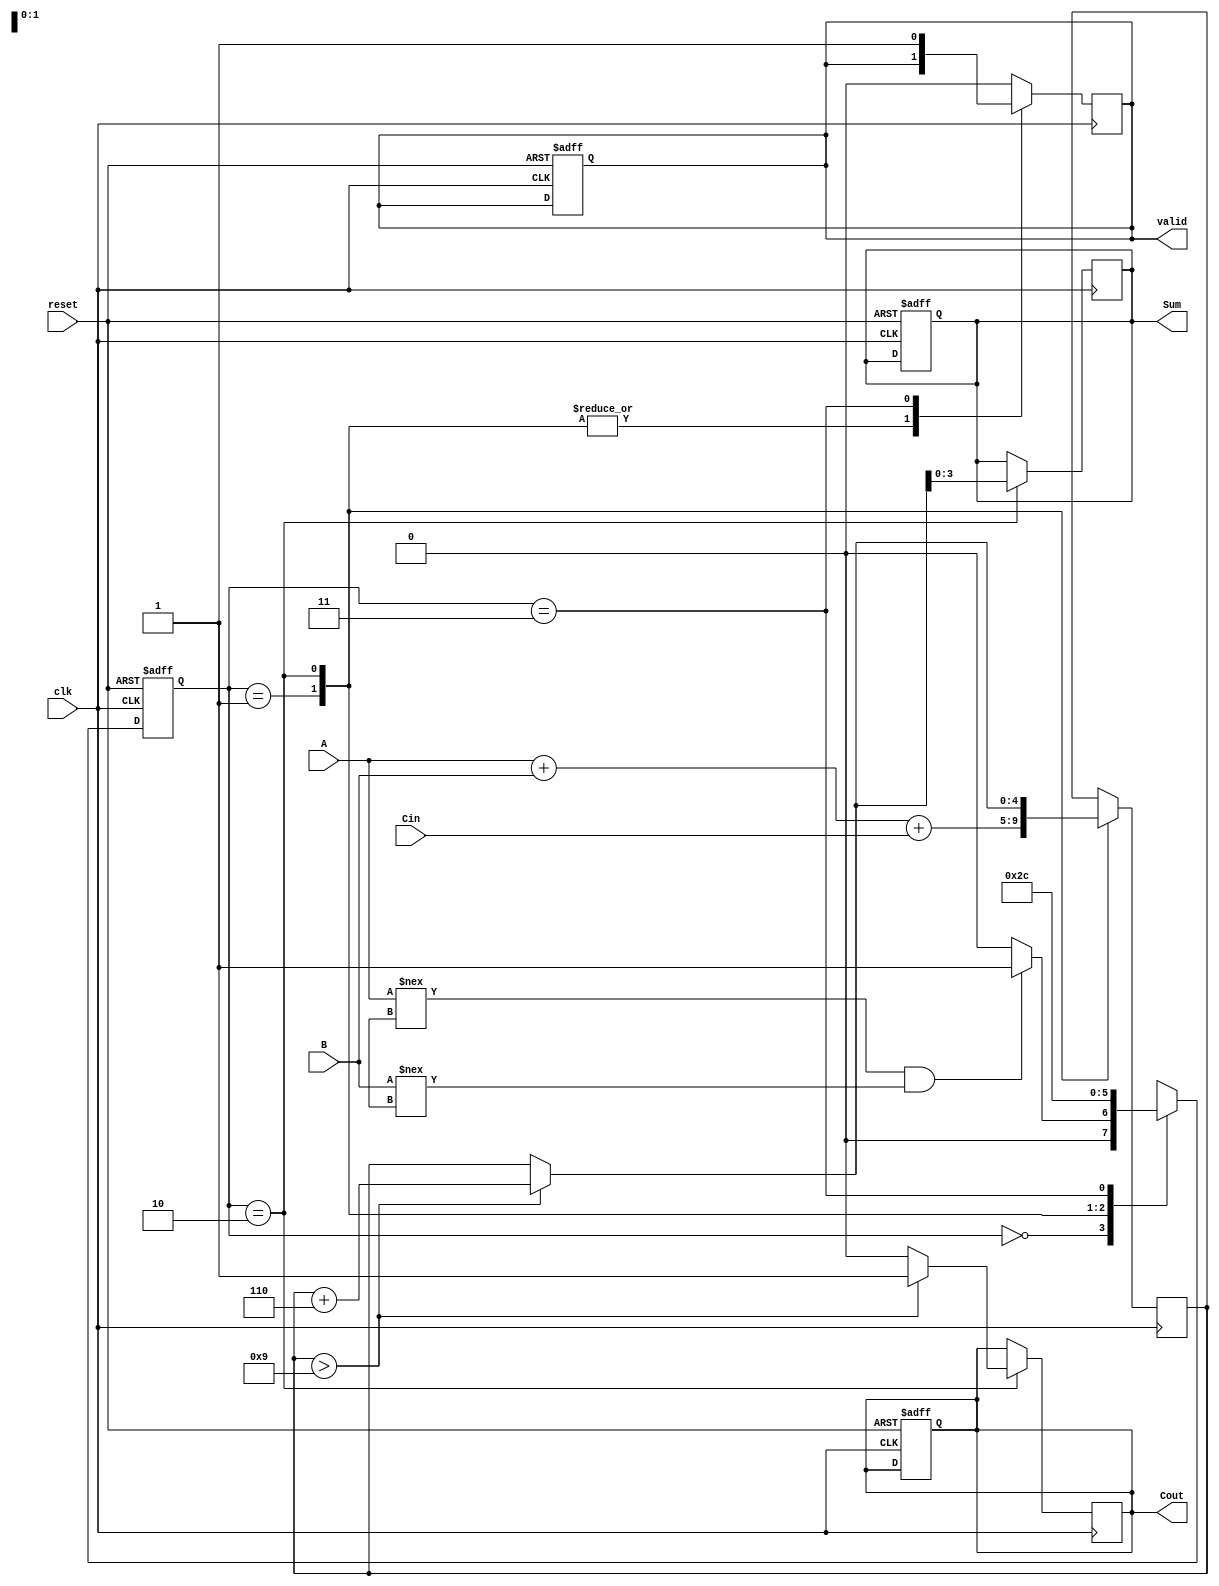
module BCD_Sequential_Adder (
    input wire [3:0] A,        // BCD digit A
    input wire [3:0] B,        // BCD digit B
    input wire Cin,            // Carry-in
    input wire clk,            // Clock signal
    input wire reset,          // Reset signal
    output reg [3:0] Sum,      // BCD result output
    output reg Cout,           // Carry-out output
    output reg valid           // Valid output signal
);

    // Internal registers
    reg [4:0] internal_sum;    // 5 bits to accommodate carry
    reg [1:0] state;           // State register
    reg [1:0] next_state;      // Next state register

    // State encoding
    localparam IDLE = 2'b00;
    localparam ADD = 2'b01;
    localparam CORRECTION = 2'b10;
    localparam READY = 2'b11;

    // State transition logic
    always @(posedge clk or posedge reset) begin
        if (reset) begin
            state <= IDLE;
            Sum <= 4'b0000;
            Cout <= 1'b0;
            valid <= 1'b0;
        end else begin
            state <= next_state;
        end
    end

    // Next state logic
    always @(*) begin
        case (state)
            IDLE: begin
                if (A !== 4'bx && B !== 4'bx) begin // Check for valid inputs
                    next_state = ADD;
                end else begin
                    next_state = IDLE;
                end
            end
            ADD: begin
                next_state = CORRECTION;
            end
            CORRECTION: begin
                next_state = READY;
            end
            READY: begin
                next_state = IDLE; // Go back to IDLE after ready
            end
            default: next_state = IDLE;
        endcase
    end

    // Output logic
    always @(posedge clk) begin
        case (state)
            ADD: begin
                internal_sum = A + B + Cin; // Calculate the sum
            end
            CORRECTION: begin
                if (internal_sum > 9) begin
                    internal_sum = internal_sum + 5'd6; // Apply correction
                    Cout = 1'b1; // Set carry-out
                end else begin
                    Cout = 1'b0; // No carry-out
                end
                Sum = internal_sum[3:0]; // Assign the lower 4 bits to Sum
            end
            READY: begin
                valid = 1'b1; // Set valid signal high
            end
            default: begin
                valid = 1'b0; // Reset valid signal
            end
        endcase
    end

endmodule